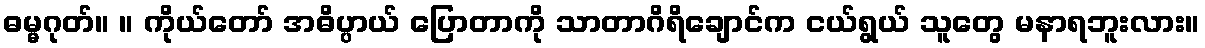
ဓမ္မဂုတ်။ ။ ကိုယ်တော် အဓိပ္ပာယ် ပြောတာကို သာတာဂိရိချောင်က ငယ်ရွယ် သူတွေ မနာရဘူးလား။